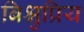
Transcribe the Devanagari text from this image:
बिश्नुप्रिय